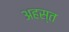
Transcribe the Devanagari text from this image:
अहस्त